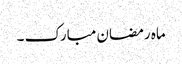
ماہ رمضان مبارک ۔